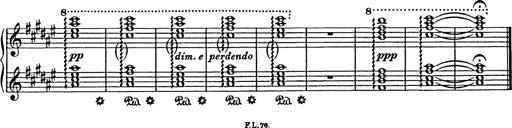
Title: In festo transfigurationis Domini nostri Jesu Christi
Composer: Franz Liszt